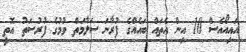
އައިއޯއެސް 10 އިން އެތައް ބައެއްގެ ފުރާނަ ސަލާމަތް ވުމުގެ ފުރުސަތު އޮތީ